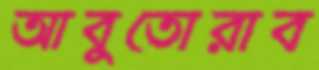
আবুতোরাব